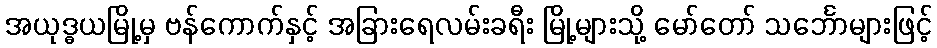
အယုဒ္ဓယမြို့မှ ဗန်ကောက်နှင့် အခြားရေလမ်းခရီး မြို့များသို့ မော်တော် သင်္ဘောများဖြင့်